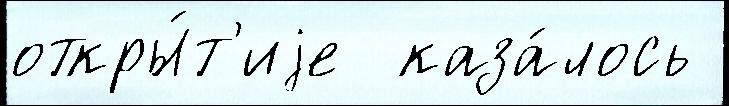
откры́т'иjе  каза́лось